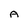
Character: A